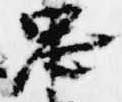
忠